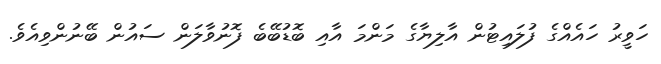
ހަވީރު ހައެއްގެ ފުލައިޓުން އާލިޔާގެ މަންމަ އާއި ބޮޑުބޭބެ ފޮނުވާލަން ސައުން ބޭނުންވިއެވެ.